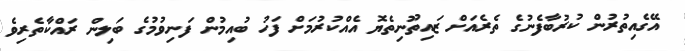
އޭގެއިތުރުން ކުރުބާފެނުގެ ތެރެއަށް ޒައިތޫނިތެޔޮ އެއްކުރުމަށް ފަހު ބުއިމުން ފަނިވުމުގެ ބަލިން ރައްކާތެރިވެ